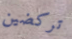
تركضين